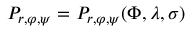
P _ { r , \varphi , \psi } = P _ { r , \varphi , \psi } ( \Phi , \lambda , \sigma )